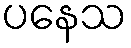
ပနေသ